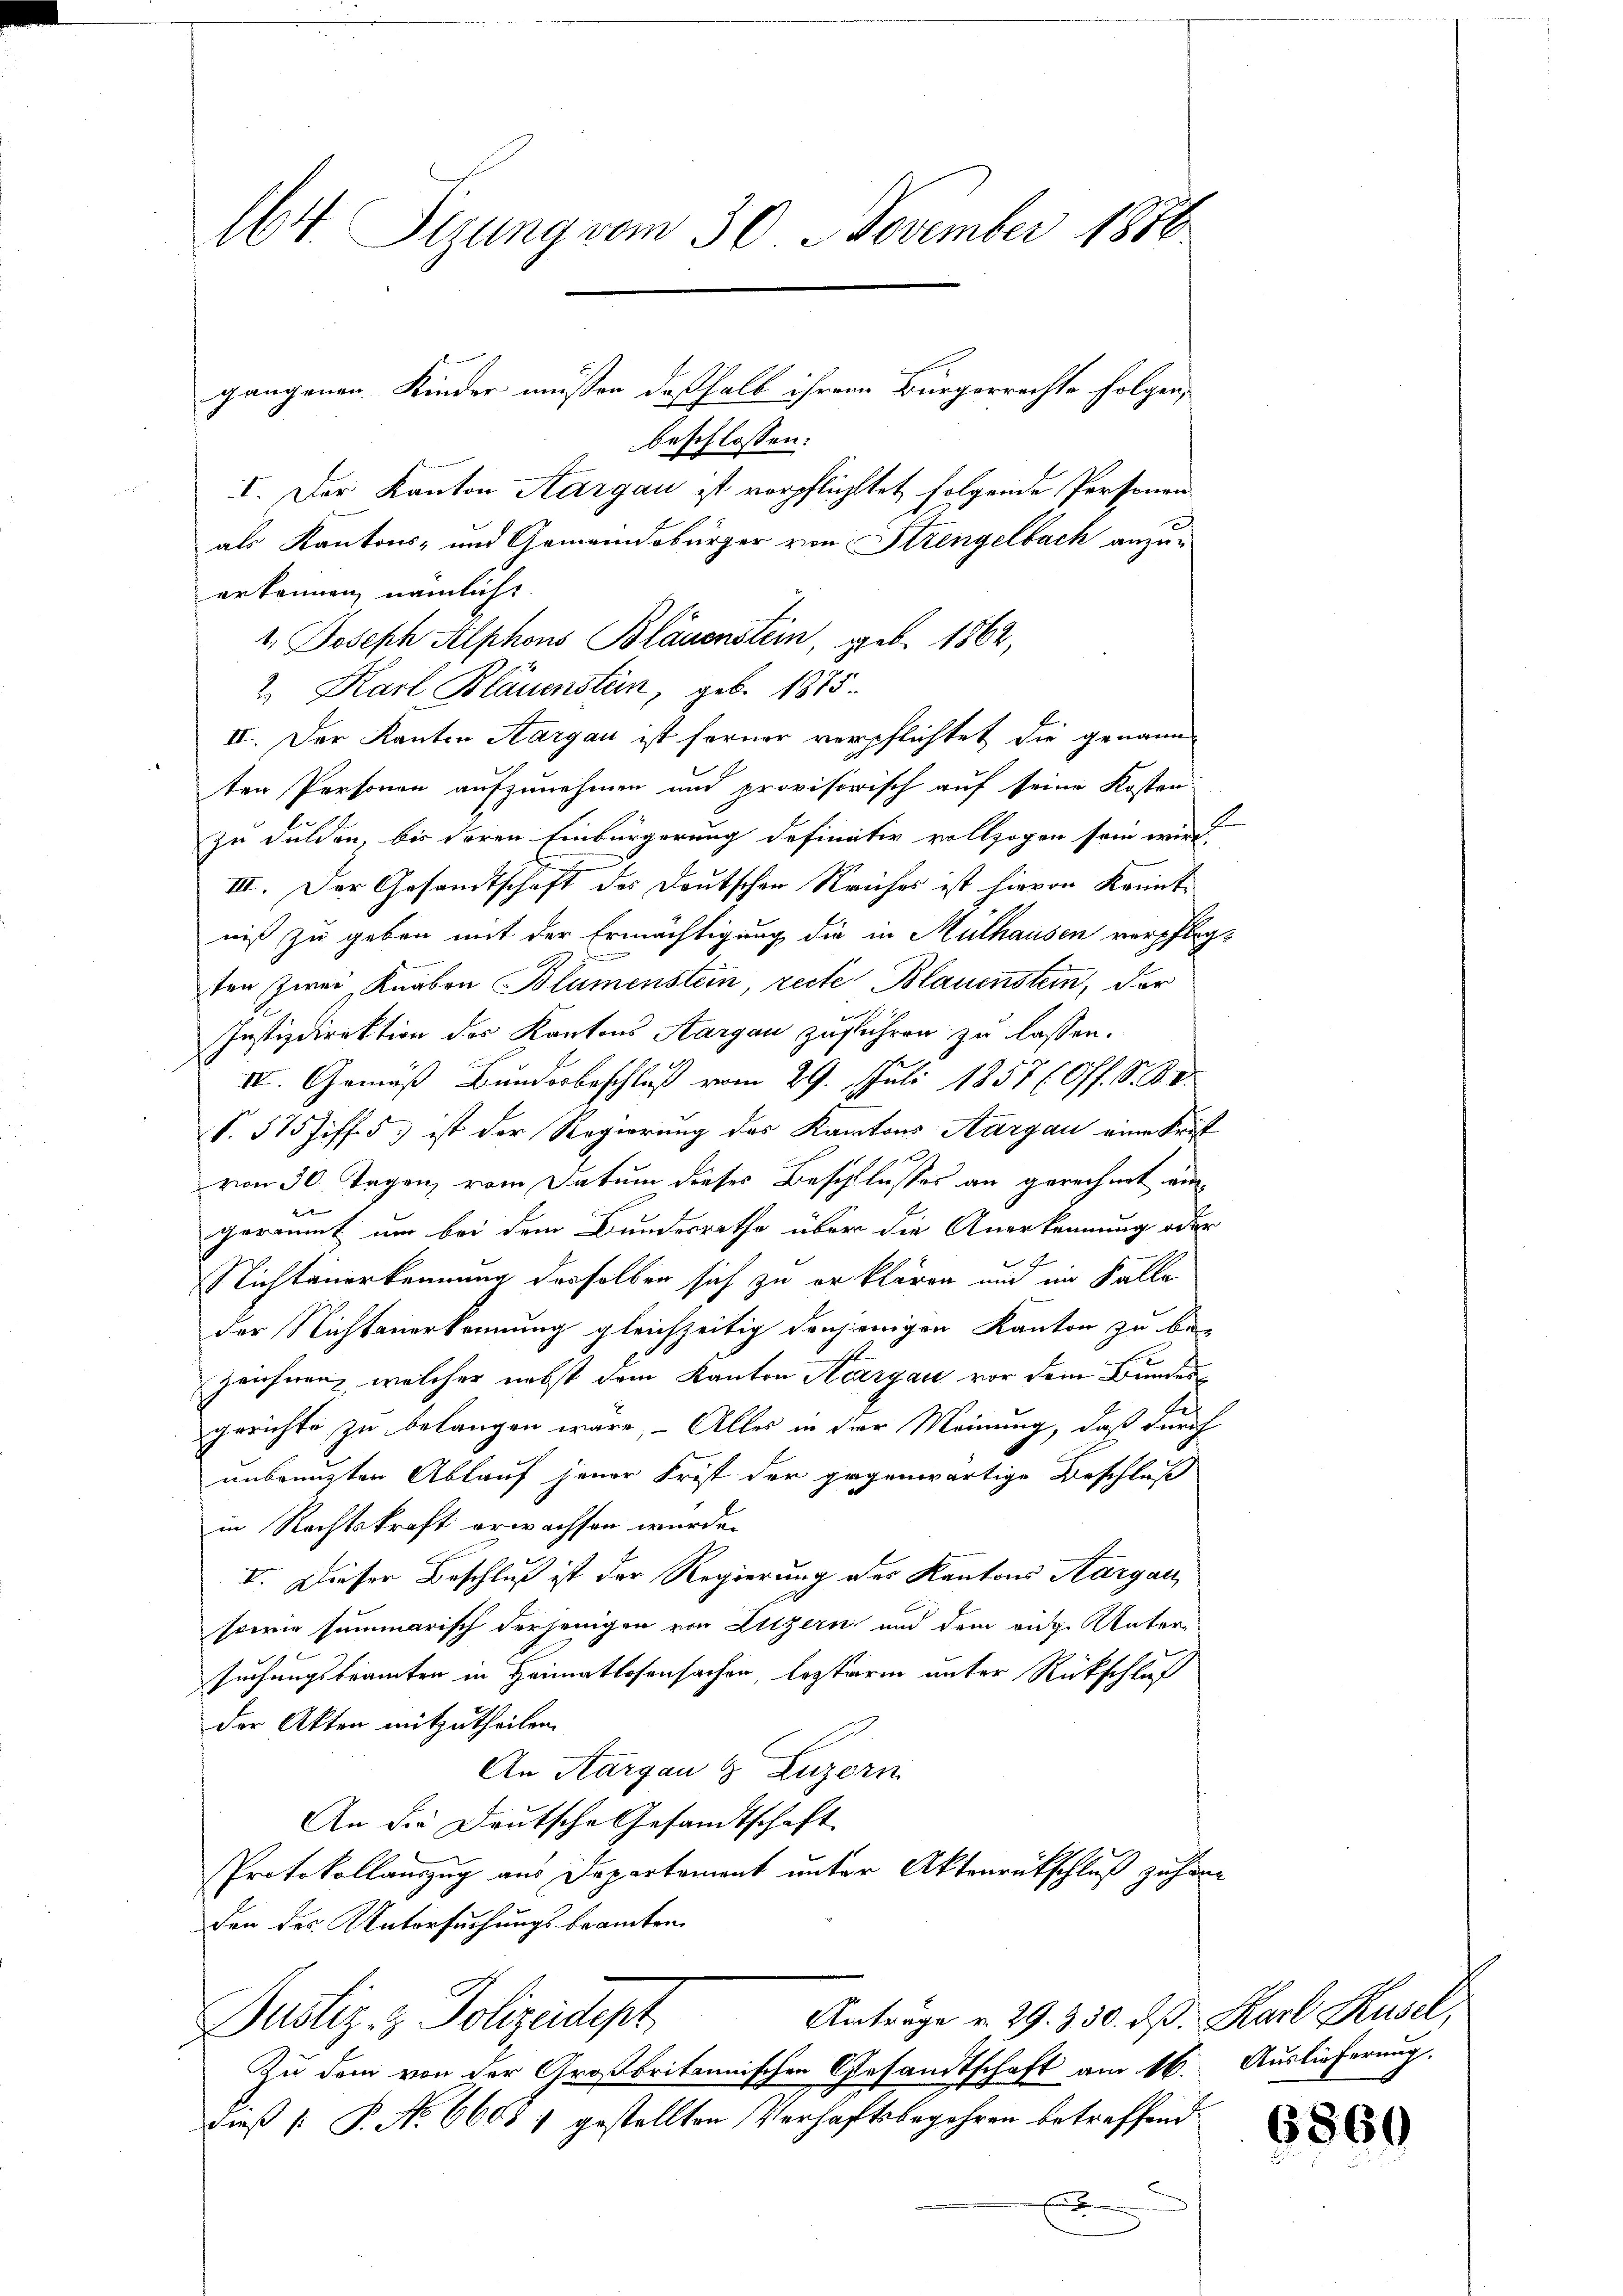
164. Sizung vom 30. November 1880.

gangenen Kinder müssen deßhalb ihrem Bürgerrechte folgen,
beschlossen:
I. Der Kanton Aargau ist verpflichtet folgende Personen
als Kantons- und Gemeindsbürger von Strengelbach anzu-
erkennen, nämliche
1. Joseph Alphons Bläuenstein, geb. 1862,
2. Karl Bläuenstein, geb. 1875.
II. Der Kanton Aargau ist ferner verpflichtet die genann
ten Personen aufzunehmen und provisorisch auf seine Kosten
.
zu dulden, bis deren Einbürgerung definitiv vollzogen sein wird.
III. Der Gesandtschaft des Deutschen Reiches ist hievon Kenntniß zu geben mit der Ermächtigung die in Mülhausen verpflegd
ten zwei Knaben Blumenstein, recte Blauenstein, der
Justizdirektion des Kantons Aargau zuführen zu lassen.
IV. Gemäß Bunderbeschluß vom 29. Juli 1857 (Off. S. Bd.
S. 575 Ziff. 5) ist der Regierung des Kantons Aargau eine Frist
von 30 Tagen, vom Datum dieses Beschlusses an gerechnet wur
geräumt um bei dem Bundesrathe über die Anerkennung oder
1.
Richtenerkennung desselben sich zu erklären mir im Falle
der Nichtanerkennung gleichzeitig denjenigen Kanton zu be-
zeichnen, welcher nebst dem Kanton Aargau vor dem Bundesgerichte zu belangen wäre, Alles in der Meinung, daß durch
unbenuzten Ablauf jener Frist der gegenwärtige Beschluß
in Rechtskraft erwachsen wurde.
I. Dieser Beschluß ist der Regierung des Kantons Aargau,
sowie summarisch derjenigen von Litzern und dem aug. Unter-
9
suchungsbeamten in Heimatlosensachen, lezterm unter Rückschluß
der Akten mitzutheilen.
An Aargau & Luzern
An die Deutsche Gesandtschaft
Protokollauszug aus Departement unter Aktenrückschluß zuhöre
den des Untersuchungsbeamten
Anträge v. 29. 350. ds. Karl Kusel,
Justiz- & Polizeidept
Zu dem von der Großbritannischen Gesandtschaft am 16. Auslieferung.
daß [ P. No 66081 gestellten Verhaftsbegehren betreffend
l

6860